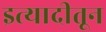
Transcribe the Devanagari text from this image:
इत्यादीतून